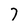
Character: 7